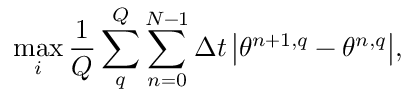
\operatorname* { m a x } _ { i } { \frac { 1 } { Q } \sum _ { q } ^ { Q } \sum _ { n = 0 } ^ { N - 1 } \Delta t \left| \theta ^ { n + 1 , q } - \theta ^ { n , q } \right| } ,